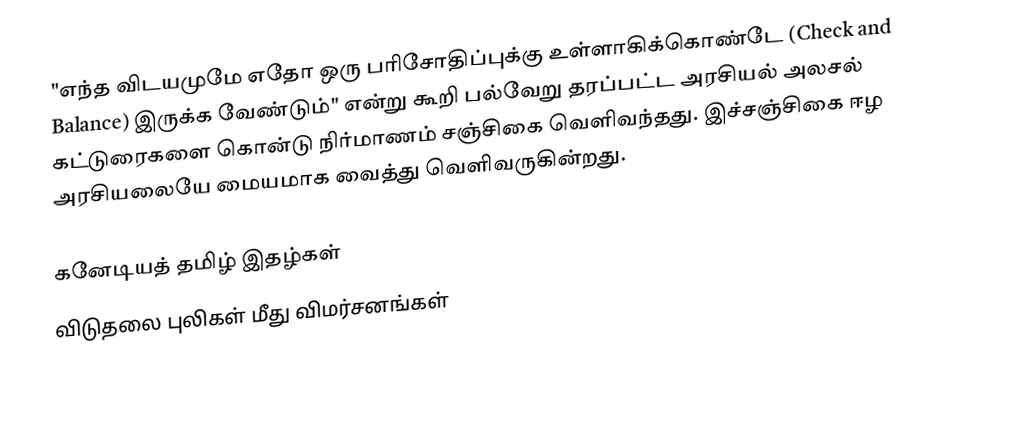
"எந்த விடயமுமே எதோ ஒரு பரிசோதிப்புக்கு உள்ளாகிக்கொண்டே (Check and Balance) இருக்க வேண்டும்" என்று கூறி பல்வேறு தரப்பட்ட அரசியல் அலசல் கட்டுரைகளை கொன்டு  நிர்மாணம் சஞ்சிகை வெளிவந்தது.  இச்சஞ்சிகை ஈழ அரசியலையே மையமாக வைத்து வெளிவருகின்றது.

கனேடியத் தமிழ் இதழ்கள்
விடுதலை புலிகள் மீது விமர்சனங்கள்